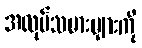
အလုပ်သမားများကို